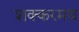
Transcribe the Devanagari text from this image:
शक्करमय